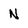
Character: N